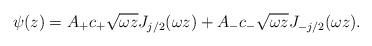
LaTeX: \begin{align*}\psi(z) = A_+ c_+\sqrt{\omega z} J_{j/2} (\omega z) + A_- c_-\sqrt{\omega z} J_{-j/2}(\omega z).\end{align*}